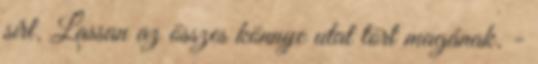
sírt. Lassan az összes könnye utat tört magának. -